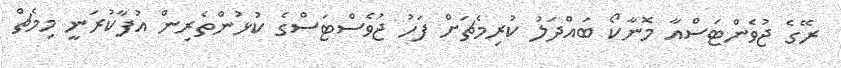
ރޭގެ ޖުވެންޓަސްއާ މޮނާކޯ ބައްދަލު ކުރިމެޗަށް ފަހު ޖުވެސްޓަސްގެ ކުޅުންތެރިން އުފާކުރަނީ މިމެޗް